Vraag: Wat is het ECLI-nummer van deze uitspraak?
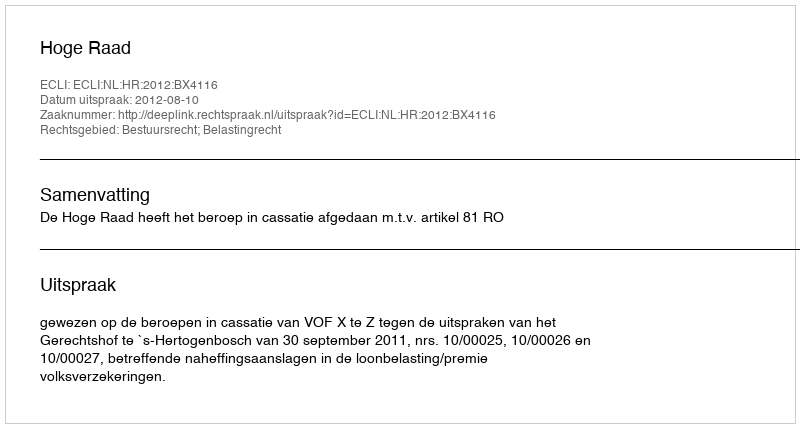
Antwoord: ECLI:NL:HR:2012:BX4116